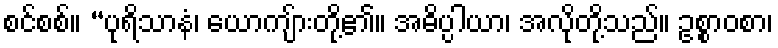
စင်စစ်။ “ပုရိသာနံ၊ ယောကျ်ားတို့၏။ အဓိပ္ပါယာ၊ အလိုတို့သည်။ ဥစ္စာဝစာ၊